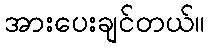
အားပေးချင်တယ်။